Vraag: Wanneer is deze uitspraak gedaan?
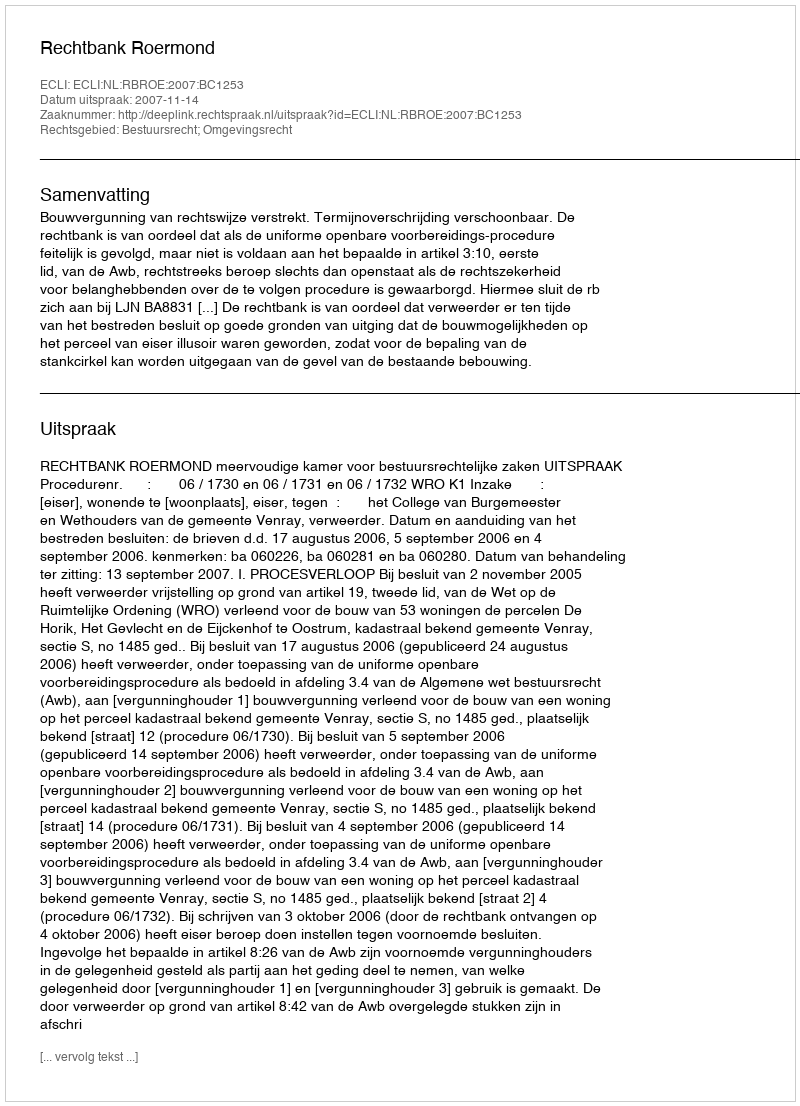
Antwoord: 2007-11-14